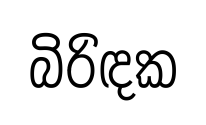
බිරිඳක